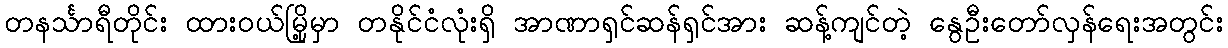
တနင်္သာရီတိုင်း ထားဝယ်မြို့မှာ တနိုင်ငံလုံးရှိ အာဏာရှင်ဆန်ရှင်အား ဆန့်ကျင်တဲ့ နွေဦးတော်လှန်ရေးအတွင်း